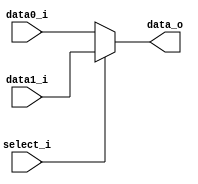
// Class: 109  
module Mux2to1( data0_i, data1_i, select_i, data_o );

parameter size = 0;			   
			
//I/O ports               
input wire	[size-1:0] data0_i;          
input wire	[size-1:0] data1_i;
input wire	select_i;
output wire	[size-1:0] data_o; 

//Main function
assign data_o = select_i ? data1_i : data0_i;

endmodule